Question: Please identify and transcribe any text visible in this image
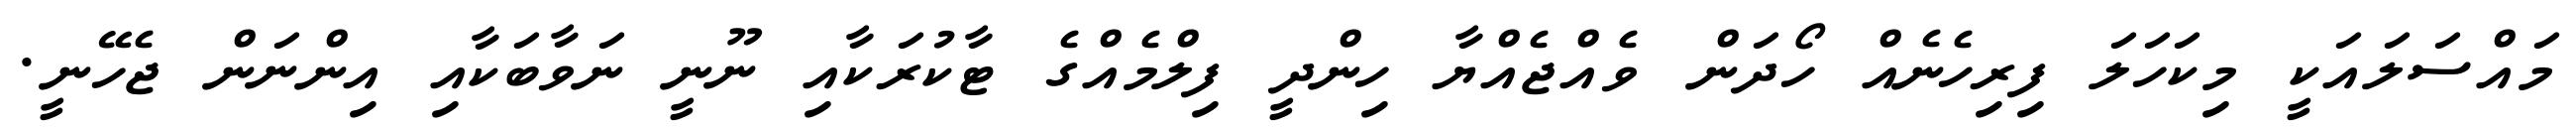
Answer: މައްސަލައަކީ މިކަހަލަ ފިރިހެނެއް ހޯދަން ވެއްޖެއްޔާ ހިންދީ ފިލްމެއްގެ ޓާކުރަކާއި ނޫނީ ނަވާބަކާއި އިންނަން ޖެހޭނީ.